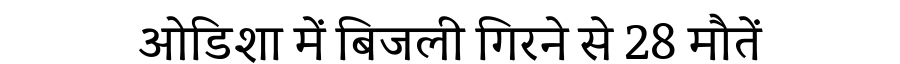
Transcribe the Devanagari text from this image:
ओडिशा में बिजली गिरने से 28 मौतें